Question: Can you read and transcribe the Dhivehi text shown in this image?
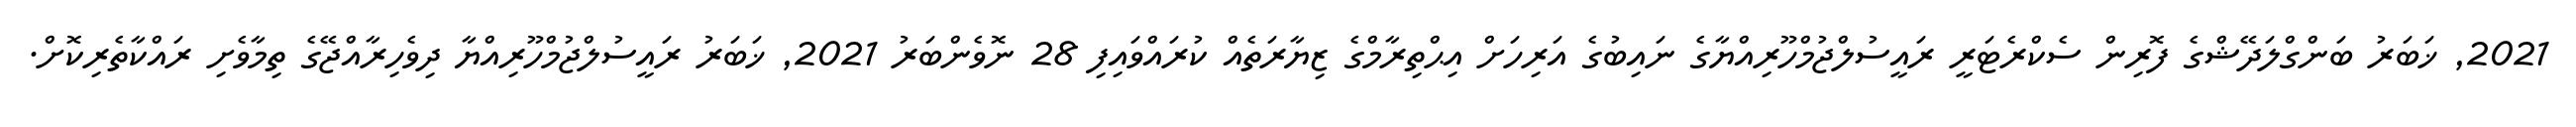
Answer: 2021, ޚަބަރު ބަންގްލަދޭޝްގެ ފޮރިން ސެކްރެޓަރީ ރައީސުލްޖުމްހޫރިއްޔާގެ ނައިބުގެ އަރިހަށް އިޙްތިރާމްގެ ޒިޔާރަތެއް ކުރައްވައިފި 28 ނޮވެންބަރު 2021, ޚަބަރު ރައީސުލްޖުމްހޫރިއްޔާ ދިވެހިރާއްޖޭގެ ތިމާވެށި ރައްކާތެރިކޮށް.